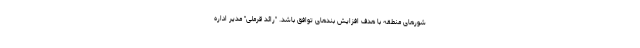
شورهای منطقه با هدف افزایش بندهای توافق باشد. "رائد قرملی" مدیر اداره